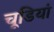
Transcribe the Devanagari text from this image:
चूडियां